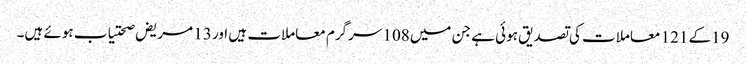
19کے 121 معاملات کی تصدیق ہوئی ہے جن میں108 سرگرم معاملات ہیں اور 13 مریض صحتیاب ہوئے ہیں۔